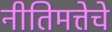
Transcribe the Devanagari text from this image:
नीतिमत्तेचे